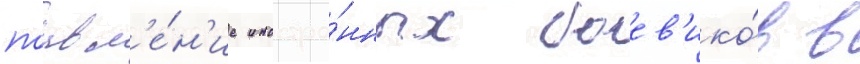
поавл'е́н'ие иностра́нных боев'ико́в в